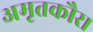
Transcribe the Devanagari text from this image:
अमृतकौर।